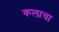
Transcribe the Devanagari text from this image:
कलाचा